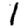
Digit: 1